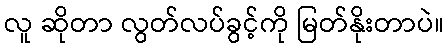
လူ ဆိုတာ လွတ်လပ်ခွင့်ကို မြတ်နိုးတာပဲ။